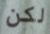
لكن